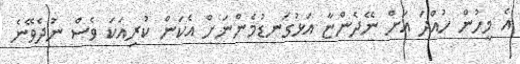
އެ މީހުން ހުއްދަ އަށް ނޭދެންޏާ އަޅުގަނޑުމެންނަށް އެކަން ކުރިއަކަ ވެސް ނުދެވޭނެ